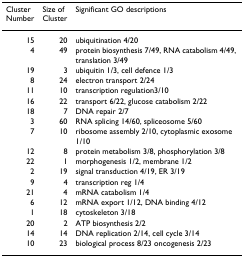
<table><thead><tr><td><b>Cluster Number</b></td><td><b>Size of Cluster</b></td><td><b>Significant GO descriptions</b></td></tr></thead><tbody><tr><td>15</td><td>20</td><td>ubiquitination 4/20</td></tr><tr><td>4</td><td>49</td><td>protein biosynthesis 7/49, RNA catabolism 4/49, translation 3/49</td></tr><tr><td>19</td><td>3</td><td>ubiquitin 1/3, cell defence 1/3</td></tr><tr><td>8</td><td>24</td><td>electron transport 2/24</td></tr><tr><td>11</td><td>10</td><td>transcription regulation3/10</td></tr><tr><td>16</td><td>22</td><td>transport 6/22, glucose catabolism 2/22</td></tr><tr><td>18</td><td>7</td><td>DNA repair 2/7</td></tr><tr><td>3</td><td>60</td><td>RNA splicing 14/60, spliceosome 5/60</td></tr><tr><td>7</td><td>10</td><td>ribosome assembly 2/10, cytoplasmic exosome 1/10</td></tr><tr><td>12</td><td>8</td><td>protein metabolism 3/8, phosphorylation 3/8</td></tr><tr><td>22</td><td>1</td><td>morphogenesis 1/2, membrane 1/2</td></tr><tr><td>2</td><td>19</td><td>signal transduction 4/19, ER 3/19</td></tr><tr><td>9</td><td>4</td><td>transcription reg 1/4</td></tr><tr><td>21</td><td>4</td><td>mRNA catabolism 1/4</td></tr><tr><td>6</td><td>12</td><td>mRNA export 1/12, DNA binding 4/12</td></tr><tr><td>1</td><td>18</td><td>cytoskeleton 3/18</td></tr><tr><td>20</td><td>2</td><td>ATP biosynthesis 2/2</td></tr><tr><td>14</td><td>14</td><td>DNA replication 2/14, cell cycle 3/14</td></tr><tr><td>10</td><td>23</td><td>biological process 8/23 oncogenesis 2/23</td></tr></tbody></table>